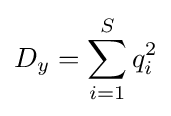
D_{y}=\sum _{i=1}^{S}q_{i}^{2}